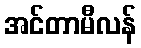
အင်တာမီလန်